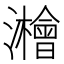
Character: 𱪈